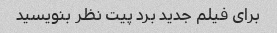
برای فیلم جدید برد پیت نظر بنویسید